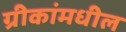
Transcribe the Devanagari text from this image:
ग्रीकांमधील